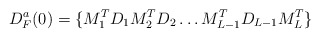
\begin{align*}D^a_F(0) = \{M_1^T D_1 M_2^TD_2 \ldots M_{L-1}^T D_{L-1} M_L^T\}\end{align*}